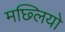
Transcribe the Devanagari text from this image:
मछ्लियो